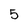
Character: 5